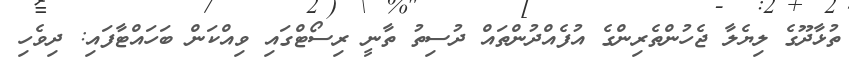
ތުޅާދޫގެ ލިޔެލާ ޖެހުންތެރިންގެ އުފެއްދުންތައް ދުސިތު ތާނީ ރިސޯޓްގައި ވިއްކަން ބަހައްޓާފައި: ދިވެހި